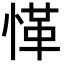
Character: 愅